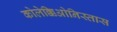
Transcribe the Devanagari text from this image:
कोलेक्किओनिस्तास